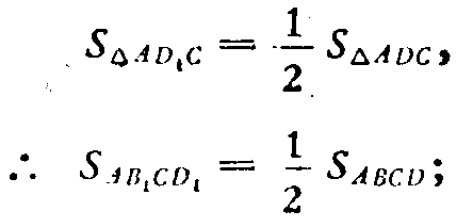
\[
S_{\triangle AD_{1}C}=\frac{1}{2}S_{\triangle ADC},
\]
\[
\therefore S_{AB_{1}CD_{1}}=\frac{1}{2}S_{ABCD};
\]